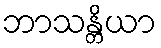
ဘာသန္တိယာ